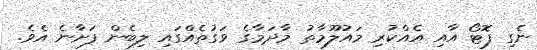
ނެގި ފޮޓޯ އާއި އެއްކުރި މައުލޫމާތު މާދަމާގެ ވަގުތެއްގައި ލިބެން ފަށާނެ އެވެ.